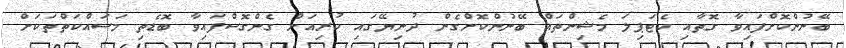
ބޭނުންކޮށްފައިވާ ގޮތާއި ކެޓަޕިލަ މެޝިންތައް ބޭނުންކޮށްގެން ދުނިޔޭގައި ކުރިއަށް ގެންގޮސްފައިވާ ބޮޑެތި މަސައްކަތްތަކަށް